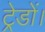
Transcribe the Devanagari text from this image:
ट्रेडों।